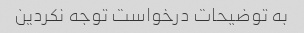
به توضیحات درخواست توجه نکردین